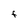
Character: f